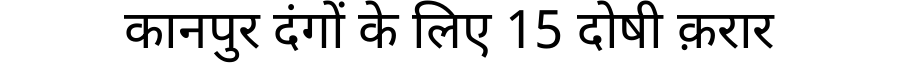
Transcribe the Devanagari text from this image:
कानपुर दंगों के लिए 15 दोषी क़रार